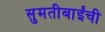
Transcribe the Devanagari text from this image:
सुमतीबाईंची